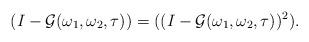
LaTeX: \begin{align*}(I-\mathcal{G}(\omega_{1},\omega_{2},\tau))=((I-\mathcal{G}(\omega_{1},\omega_{2},\tau))^{2}).\end{align*}